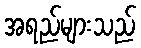
အရည်များသည်